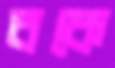
বকে